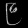
Digit: ၉